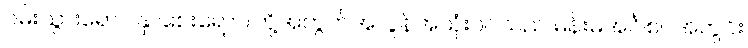
ဝမ်းသွားရောဂါနှာစေးရောဂါတို့အတွက်အလွန်အသုံးဝင်သည် မိန်းမအင်္ဂါစပ်အတွင်း